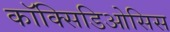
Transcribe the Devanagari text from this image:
कॉक्सिडिओसिस